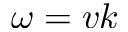
\omega = v k